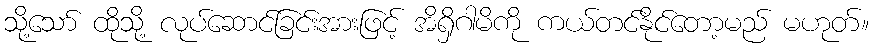
သို့သော် ထိုသို့ လုပ်ဆောင်ခြင်းအားဖြင့် အိရှိဂါမိကို ကယ်တင်နိုင်တော့မည် မဟုတ်။